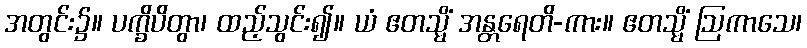
အတွင်း၌။ ပက္ခိပိတွာ၊ ထည့်သွင်း၍။ ယံ ဧတသ္မိံ အန္တရေတိ-ကား။ ဧတသ္မိံ ဩကာသေ၊